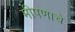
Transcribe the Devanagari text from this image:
मीपणाचे